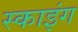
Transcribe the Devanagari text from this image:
स्‍काइंग